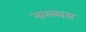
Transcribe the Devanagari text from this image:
नारळास